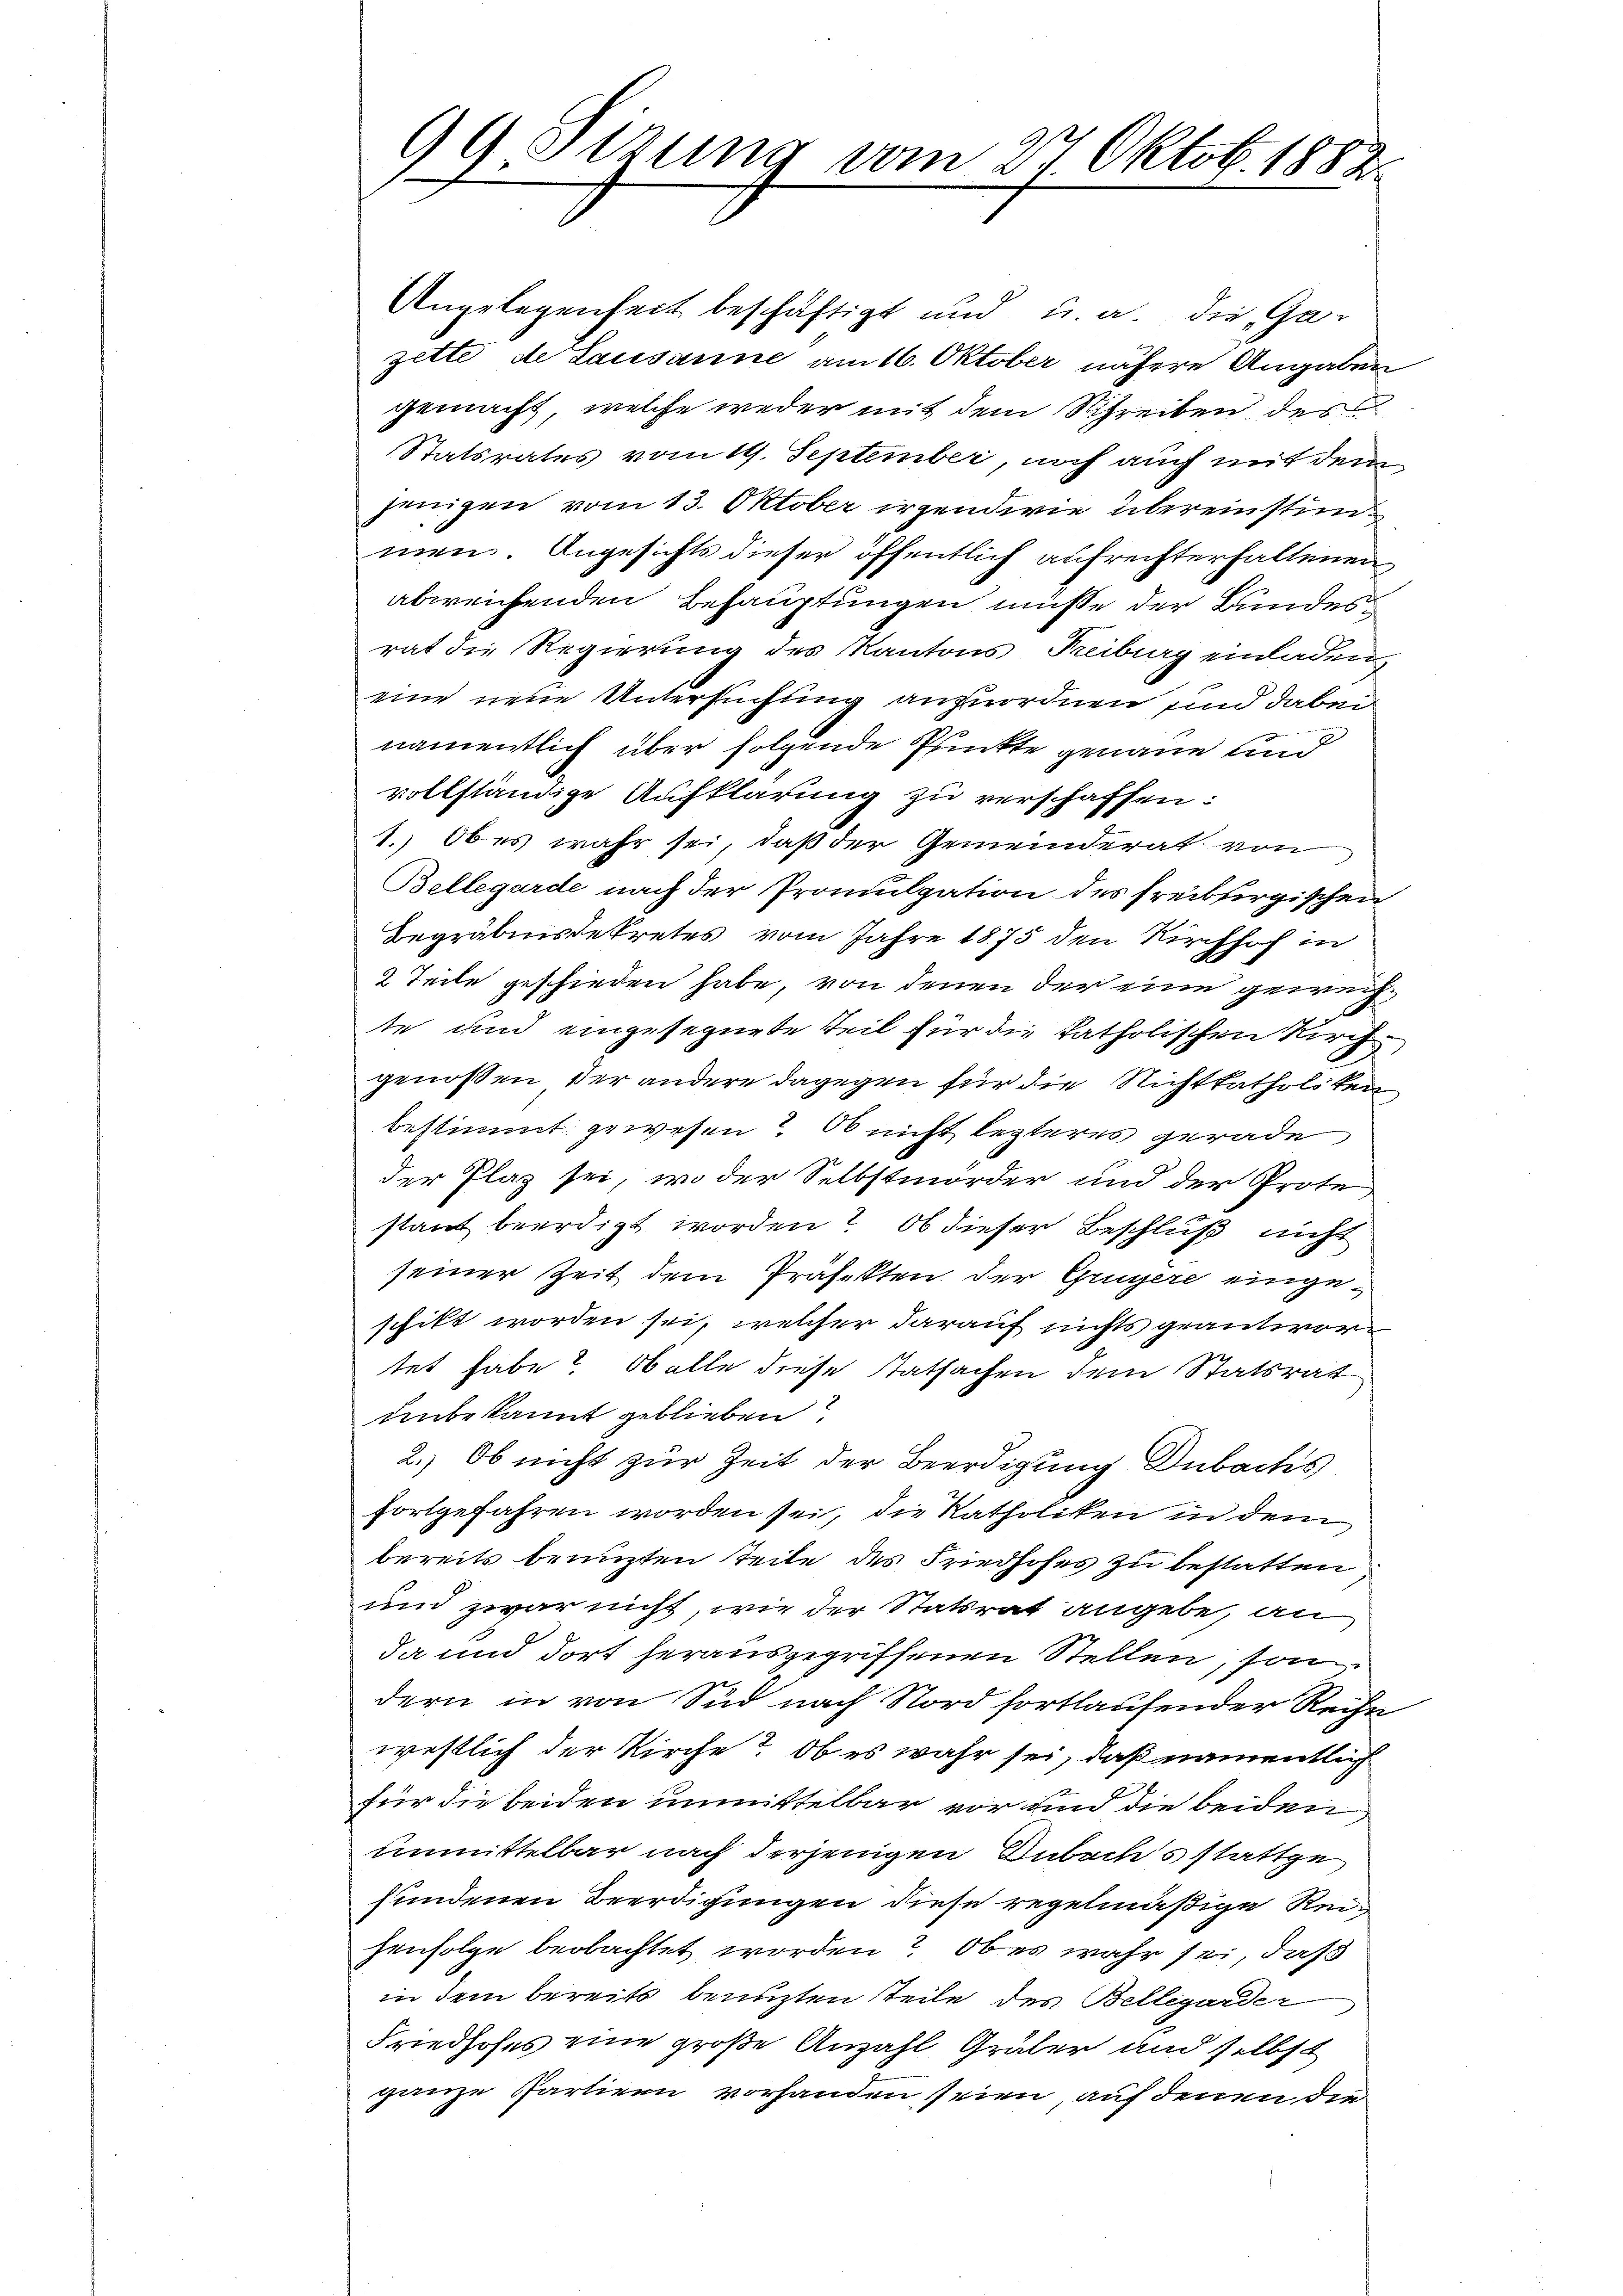
99 Sizung vom 27 Oktob. 1883

Angelegenheit beschäftigt und u. a. die Gar
zette de Lausanne am 16. Oktober nähere Angaben
gemacht, welche weder mit dem Schreiben des
Statsrates vom 19. September, noch auch mit dem
jenigen vom 13. Oktober irgendwie übereinstimmen. Angesichts dieser öffentlich aufrechterfallenen
abweichenden Behauptungen müsse der Bundesrat die Regierung des Kantons Freibgenaden,
eine neue Untersuchung anzuordnen sind dabei
namentlich über folgende Punkte genaue und
vollständige Aufklärung zu verschaffen:
1. ober wahr sei, daß der Gemeinderat von
Bellegarde nach der Promulgation des freiburgischen
Begräbnissekretes vom Jahre 1875 den Kirchhof in
2 Teile geschieden habe, von denen der eine gewechte und eingesegnete Teil für die katholischen Kirch
genossen der andere dagegen für die Nichtkatholiken
bestimmt gewesen? Ob nicht lezteres gerade
der Plaz sei, wo der Selbstmörder und der Prote
stant beerdigt worden? Ob dieser Beschluß nicht
seiner Zeit dem Präfekten der Grügere eingeschikt worden sei, welcher darauf nichts geantwortet habe? Ob alle diese Tatsachen dem Statsrat
unbekannt geblieben?
2.) Ob nicht zur Zeit der Beerdigung Dubachs
fortgefahren worden sei, die Katholiken in dem
bereits benuzten teile des Friedhofes zu bestatten
und zwar nicht, wie der Statsrat angebe, an
da und dort herausgegriffenen Stellen, son
dern in von Sud nach Nord fortlaufender Reihe
westlich der Kirche? Ob es wahr sei, daß namentlich
für die beiden unmittelbar vor und die beiden,
unmittelbar nach derjenigen Dubachs stattge
fundenen Beerdigungen diese regelmäßige Reihenfolge beobachtet worden? Ob er wahr sei, daß
in dem bereits benuzten teile des Bellegarder
Friedhofes eine große Anzahl Gräber und selbst
ganze Partiern vorhanden seien, auf denen die